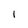
Character: I